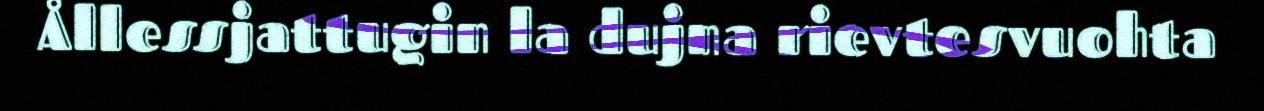
Ållessjattugin la dujna rievtesvuohta